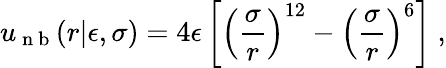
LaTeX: u_{\mathrm{~n~b~}}(r|\epsilon,\sigma)=4\epsilon\left[\left(\frac{\sigma}{r}\right)^{12}-\left(\frac{\sigma}{r}\right)^{6}\right]~,